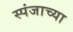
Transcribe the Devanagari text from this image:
स्पंजाच्या